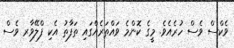
ވެކްސް ވެސް ހުރެއެވެ. މީގެ ކޮންމެ ވައްތަރެއްގައި ތަފާތު އެކި ފްލޭވާރ ވެސް